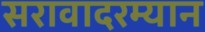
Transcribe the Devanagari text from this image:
सरावादरम्यान